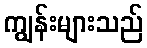
ကျွန်းများသည်